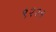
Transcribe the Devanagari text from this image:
९२२१